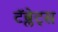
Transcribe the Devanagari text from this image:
टॅब्लेट्‍स